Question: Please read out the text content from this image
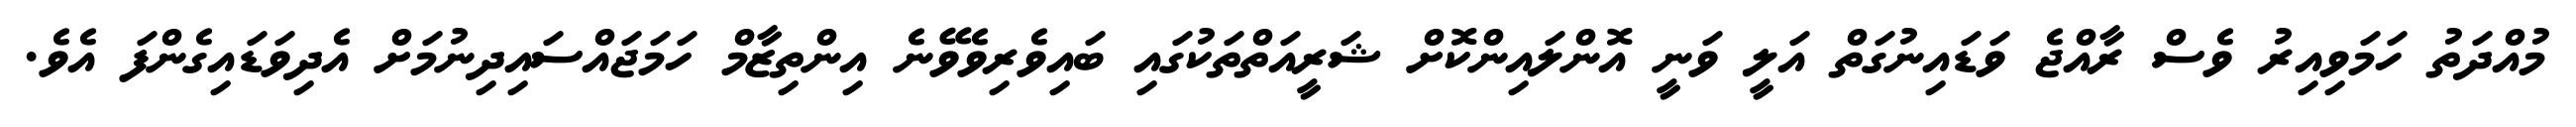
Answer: މުއްދަތު ހަމަވިއިރު ވެސް ރާއްޖެ ވަޑައިނުގަތް އަލީ ވަނީ އޮންލައިންކޮށް ޝަރީއަތްތަކުގައި ބައިވެރިވެވޭނެ އިންތިޒާމް ހަމަޖައްސައިދިނުމަށް އެދިވަޑައިގެންފަ އެވެ.